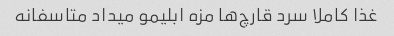
غذا کاملا سرد قارچ‌ها مزه ابلیمو میداد متاسفانه